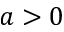
a > 0